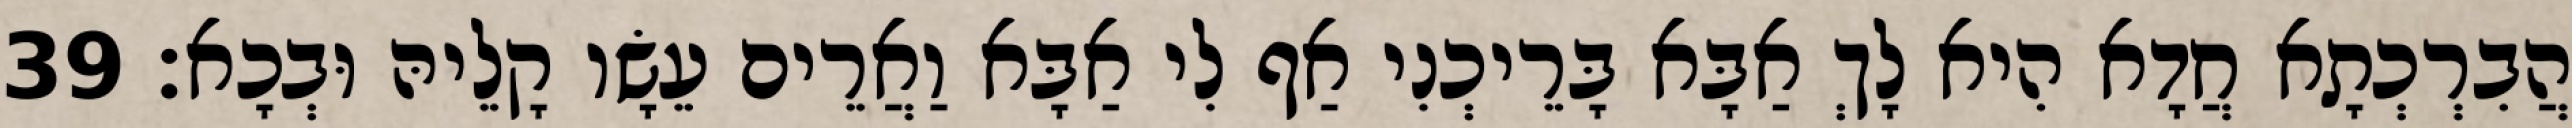
הֲבִרְכְתָא חֲדָא הִיא לָךְ אַבָּא בָּרֵיכְנִי אַף לִי אַבָּא וַאֲרֵים עֵשָׂו קָלֵיהּ וּבְכָא׃ 39